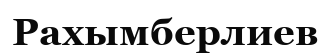
Рахымберлиев